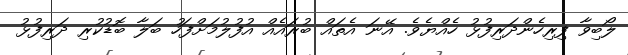
ލޯބިވާ ފިރިހެންދަރިފުޅު ހެއްޔެވެ. އޭނަ އެތައް ބުރައެއް އުފުލުމަށްފަހު ބަލާ ބޮޑުކުރި ދަރިފުޅު